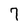
Character: 7